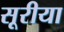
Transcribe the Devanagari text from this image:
सूरीया